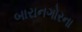
બારાનગોરના